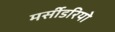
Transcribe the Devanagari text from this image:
मर्सीडरियो